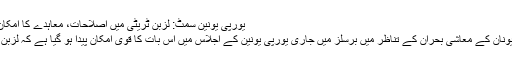
یورپی یونین سمٹ: لزبن ٹریٹی میں اصلاحات، معاہدے کا امکان | حالات حاضرہ | DW | 29.10.2010
یورو کرنسی کی قدر میں عدم استحکام اور یونان کے معاشی بحران کے تناظر میں برسلز میں جاری یورپی یونین کے اجلاس میں اس بات کا قوی امکان پیدا ہو گیا ہے کہ لزبن ٹریٹی میں اصلاحات کا معاہدہ ہو سکتا ہے۔